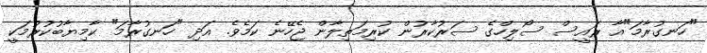
"ހަނގުރާމަ"އާ ރައީސް ސޯލިހްގެ ސަރުކާރުން ކުރިމަތިލާން ޖެހޭނެ ކަމެވެ. އަދި "ހަނގުރާމަ" ކާމިޔާބުކުރުމަކީ